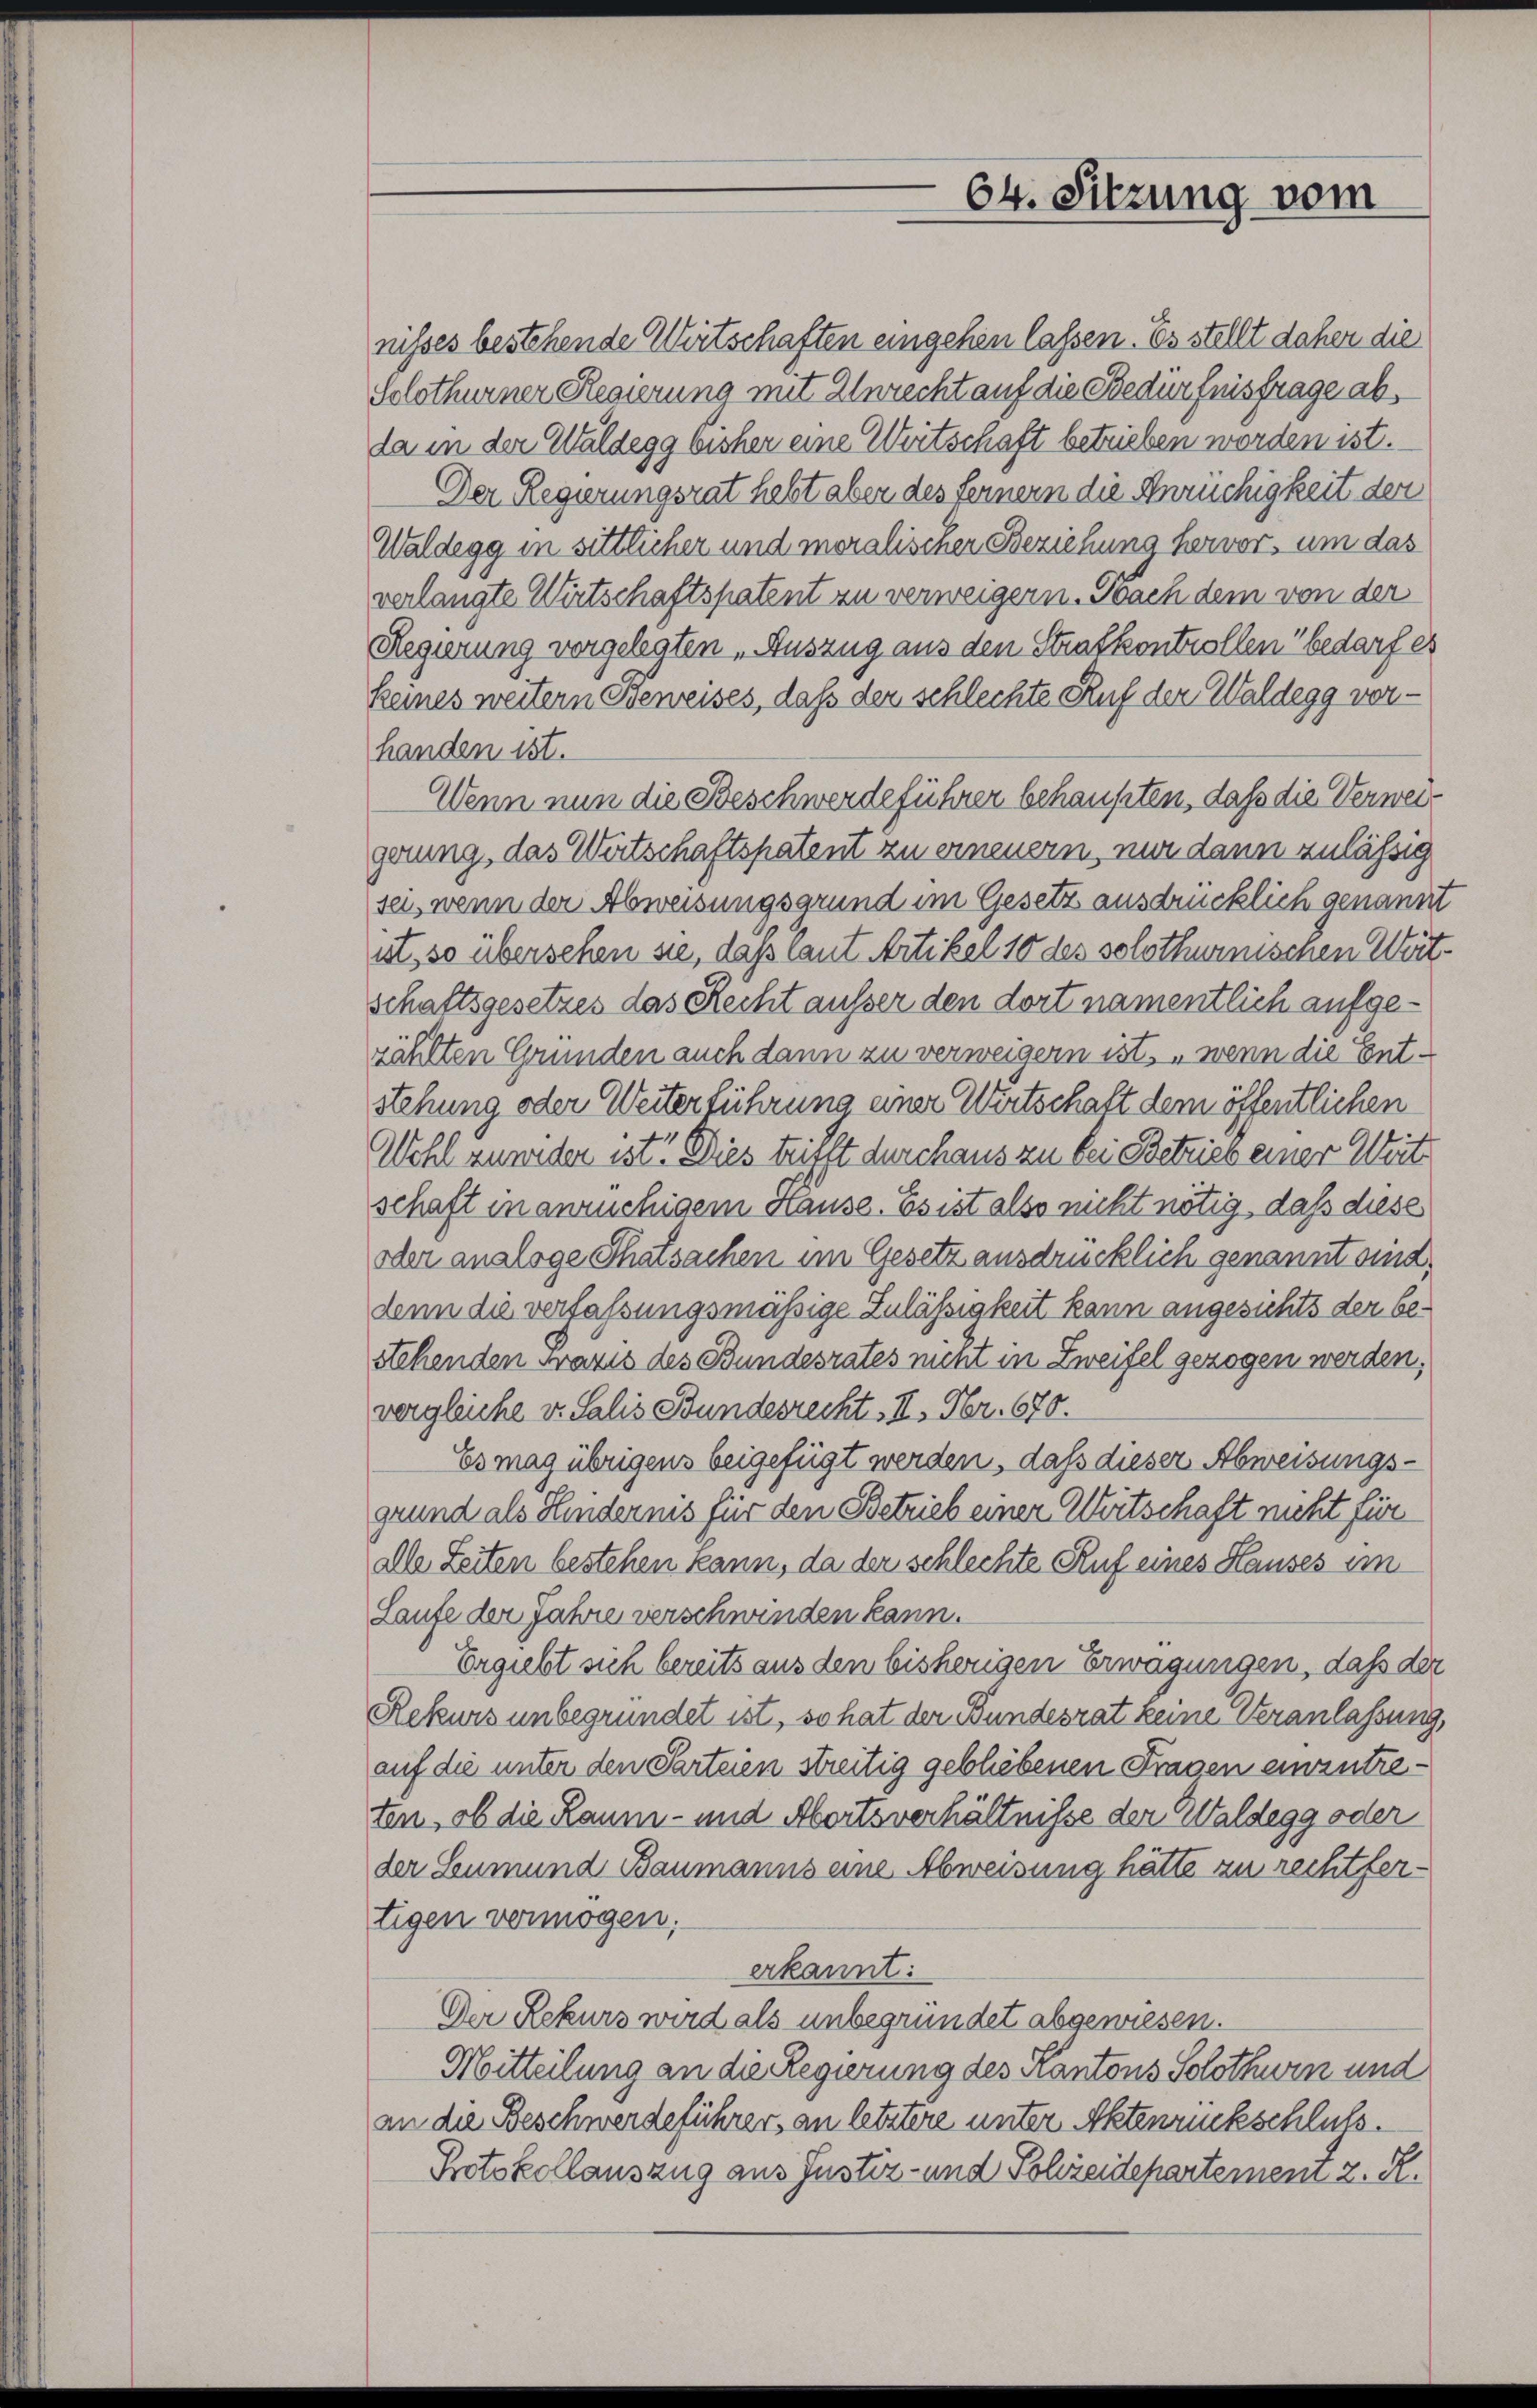
64. Sitzung vom

nisses bestehende Wirtschaften eingehen lassen. Es stellt daher die
Solothurner Regierung mit Unrecht auf die Bedürfnisfrage ab,
da in der Waldegg bisher eine Wertschaft betrieben worden ist.
Der Regierungsrat hebt aber des fernern die Anrüchigkeit der
Waldegg in sittlicher und moralischer Beziehung hervor, um das
verlangte Wirtschaftspatent zu verweigern. Nach dem von der
Regierung vorgelegten „Auszug aus den Strafkontrollen“ bedarf es
keines weitern Beweises, daß der schlechte Ruf der Waldegg vorhanden ist.
Wenn nun die Beschwerdeführer behaupten, daß die Verweigerung, das Wertschaftspatent zu erneuern, nur dann zulässig
sei, wenn der Abweisungsgrund im Gesetz ausdrücklich genannt
ist, so übersehen sie, daß laut Artikel 10 des solothureisenen Weitschaftsgesetzes das Recht ausser den dort namentlich aufgezählten Gründen auch dann zu verweigern ist, „wenn die Entstehung oder Weiterführung einer Wirtschaft dem öffentlichen
Wehl zuwider ist. Dies trifft durchaus zu bei Betries einer Weit
schaft in anrüchigem Hause. Es ist also nicht nötig, daß diese
oder analoge Thatsachen im Gesetz ausdrücklich genannt sind
denn die verfassungsmäßige Zulässigkeit kann angesichts der bestehenden Praxis des Bundesrates nicht in Zweifel gezogen werden,
vergleiche v. Salis Bundesrecht II. Fr. 670.
Es mag übrigens beigefügt werden, daß dieser Abweisungsgrund als Kindernis für den Betrieb einer Wirtschaft nicht für
dle Zeiten bestehen kann, da der schlechte Ruf eines Hauses im
Laufe der Jahre verschwinden kann.
Ergiebt sich bereits aus den bisherigen Erwägungen, daß der
Rekurs unbegründet ist, so hat der Bundesrat keine Veranlassung,
auf die unter den Parteien streitig gebliebenen Fragen einzutreten, ob die Raum- und Abortsverhältnisse der Waldegg oder
der Leumund Baumanns eine Abweisung hätte zu rechtfertigen vermögen.
erkannt:
Der Rekurs wird als unbegründet abgewiesen.
Mitteilung an die Regierung des Kantons Solothurn und
an die Beschwerdeführer, an letztere unter Aktenrückschluß.
Protokollauszug aus Justiz- und Polieidepartement z. R.